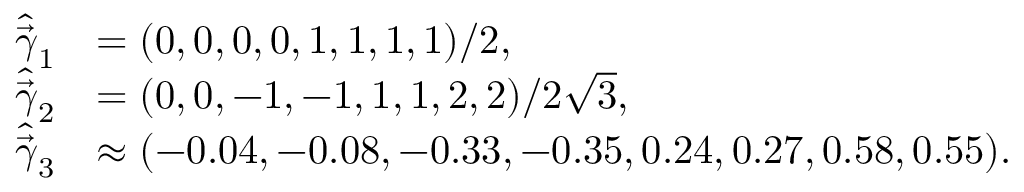
\begin{array} { r l } { \widehat { \vec { \gamma } } _ { 1 } } & { = ( 0 , 0 , 0 , 0 , 1 , 1 , 1 , 1 ) / 2 , } \\ { \widehat { \vec { \gamma } } _ { 2 } } & { = ( 0 , 0 , - 1 , - 1 , 1 , 1 , 2 , 2 ) / 2 \sqrt { 3 } , } \\ { \widehat { \vec { \gamma } } _ { 3 } } & { \approx ( - 0 . 0 4 , - 0 . 0 8 , - 0 . 3 3 , - 0 . 3 5 , 0 . 2 4 , 0 . 2 7 , 0 . 5 8 , 0 . 5 5 ) . } \end{array}